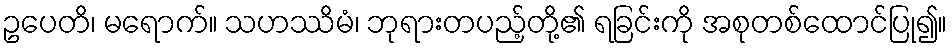
ဥပေတိ၊ မရောက်။ သဟဿိမံ၊ ဘုရားတပည့်တို့၏ ရခြင်းကို အစုတစ်ထောင်ပြု၍။